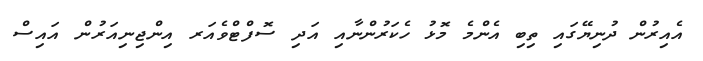
އެއިރުން ދުނިޔޭގައި ތިބި އެންމެ މޮޅު ހެކަރުންނާއި އަދި ސޮފްޓްވެއަރ އިންޖިނިއަރުން އައިސް